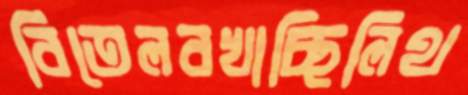
বিতেলবখাচ্ছিলিথ